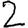
Digit: 2